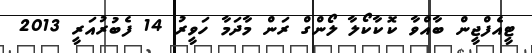
ޓީއެފްޖީން ބާއްވާ ކޮކާކޯލާ ލޯންގް ރަން މާދަމާ ހަވީރު 14 ފެބުރުއަރީ 2013